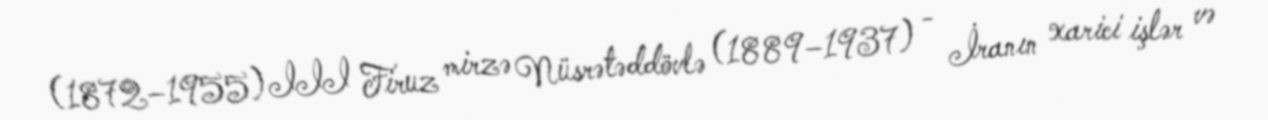
(1872–1955) III Firuz mirzə Nüsrətəddövlə (1889–1937) - İranın xarici işlər və